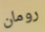
رومان